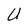
Character: U